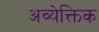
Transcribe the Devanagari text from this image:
अव्येक्तिक